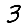
Digit: 3